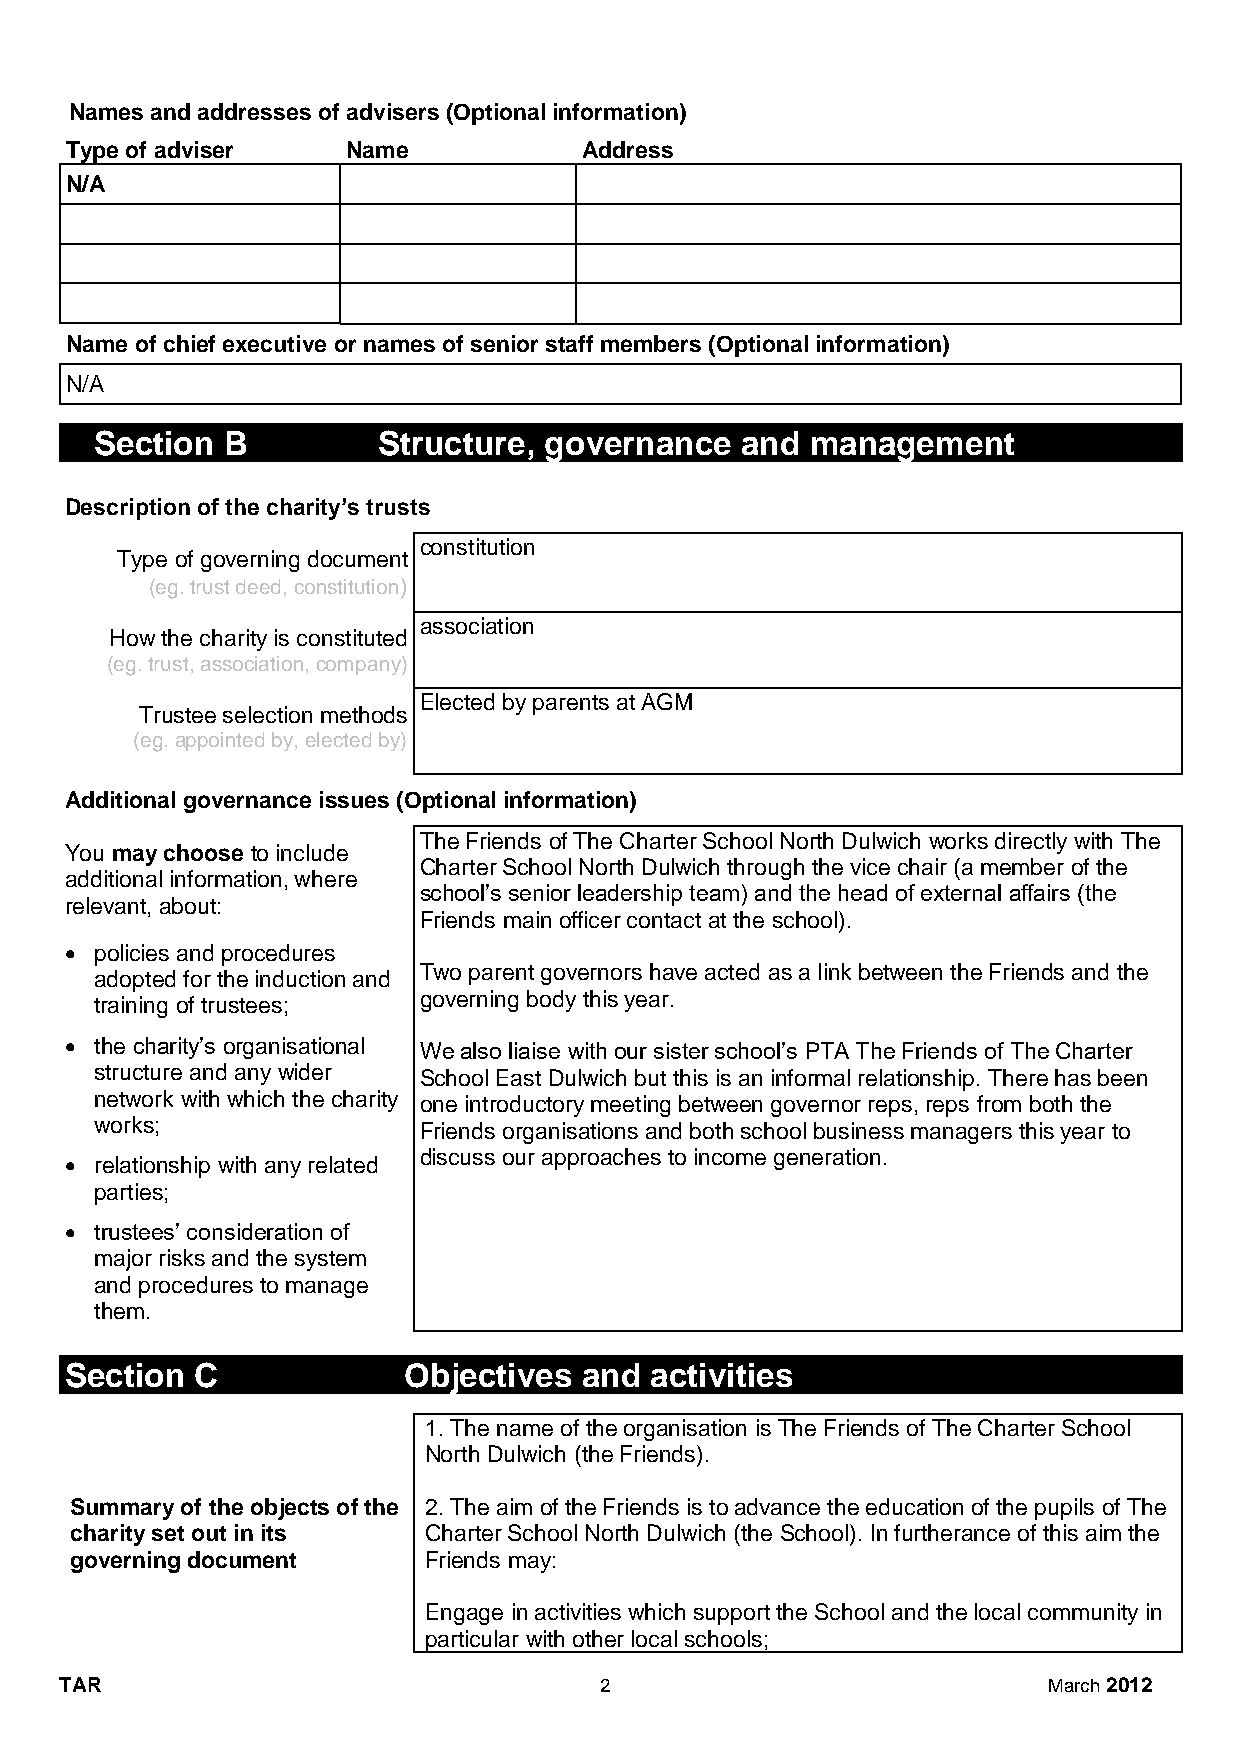
Names and addresses of advisers (Optional information)
 Type of adviser    Name            Address
 N/A
 Name of chief executive or names of senior staff members (Optional information)
 N/A
 Section  B         Structure, governance   and  management
 Description of the charity’s trusts
 constitution
 Type of governing document
 (eg. trust deed, constitution)
 association
 How the charity is constituted
 (eg. trust, association, company)
 Elected by parents at AGM
 Trustee selection methods
 (eg. appointed by, elected by)
 Additional governance issues (Optional information)
 The Friends of The Charter School North Dulwich works directly with The
 You may choose to include
 Charter School North Dulwich through the vice chair (a member of the
 additional information, where
 school’s senior leadership team) and the head of external affairs (the
 relevant, about:
 Friends main officer contact at the school).
 • policies and procedures
 Two parent governors have acted as a link between the Friends and the
 adopted for the induction and
 training of trustees; governing body this year.
 • the charity’s organisational We also liaise with our sister school’s PTA The Friends of The Charter
 structure and any wider School East Dulwich but this is an informal relationship. There has been
 network with which the charity one introductory meeting between governor reps, reps from both the
 works;                Friends organisations and both school business managers this year to
 discuss our approaches to income generation.
 • relationship with any related
 parties;
 • trustees’ consideration of
 major risks and the system
 and procedures to manage
 them.
 Section  C             Objectives and  activities
 1. The name of the organisation is The Friends of The Charter School
 North Dulwich (the Friends).
 Summary of the objects of the 2. The aim of the Friends is to advance the education of the pupils of The
 charity set out in its Charter School North Dulwich (the School). In furtherance of this aim the
 governing document     Friends may:
 Engage in activities which support the School and the local community in
 particular with other local schools;
 TAR                                 2                            March 2012